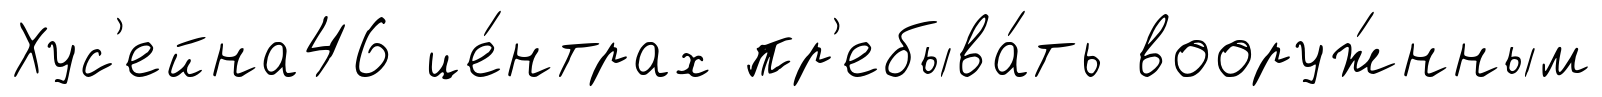
Хус'ейна46 це́нтрах пр'ебыва́ть вооруж́нным